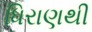
ધિરાણથી